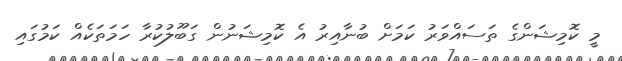
މީ ކޮމިޝަންގެ ތަސައްވަރު ކަމަށް ބުނާއިރު އެ ކޮމިޝަނުން ގަބޫލުކުރާ ހަމަތަކެއް ކަމުގައި